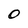
Character: O